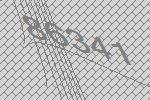
86341